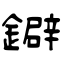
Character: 鐴